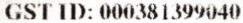
GST ID: 000381399040